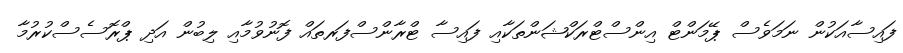
ފައިސާއަކުން ނަމަވެސް ޕޭމަންޓް އިންސްޓްރަކްޝަންތަކާއި ފައިސާ ޓްރާންސްފަރތައް ފޮނުވުމާއި ލިބުން އަދި ޕްރޮސެސްކުރުމާ